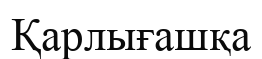
Қарлығашқа